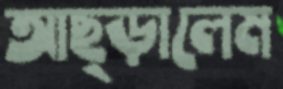
আছ্‌ড়ালেম